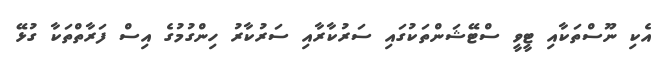
އެކި ނޫސްތަކާއި ޓީވީ ސްޓޭޝަންތަކުގައި ސަރުކާރާއި ސަރުކާރު ހިންގުމުގެ އިސް ފަރާތްތަކާ ގުޅޭ